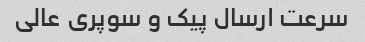
سرعت ارسال پیک و سوپری عالی